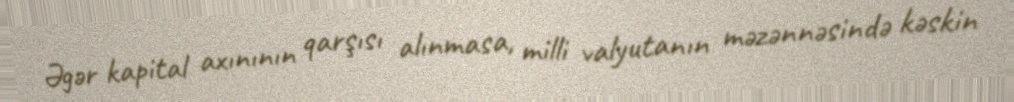
Əgər kapital axınının qarşısı alınmasa, milli valyutanın məzənnəsində kəskin